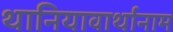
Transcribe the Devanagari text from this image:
थानियावार्थानाम